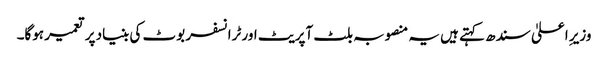
وزیرِ اعلیٰ سندھ کہتے ہیں یہ منصوبہ بلٹ آپریٹ اور ٹرانسفر بوٹ کی بنیاد پر تعمیر ہوگا۔